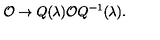
{ \cal O } \to Q ( \lambda ) { \cal O } Q ^ { - 1 } ( \lambda ) .